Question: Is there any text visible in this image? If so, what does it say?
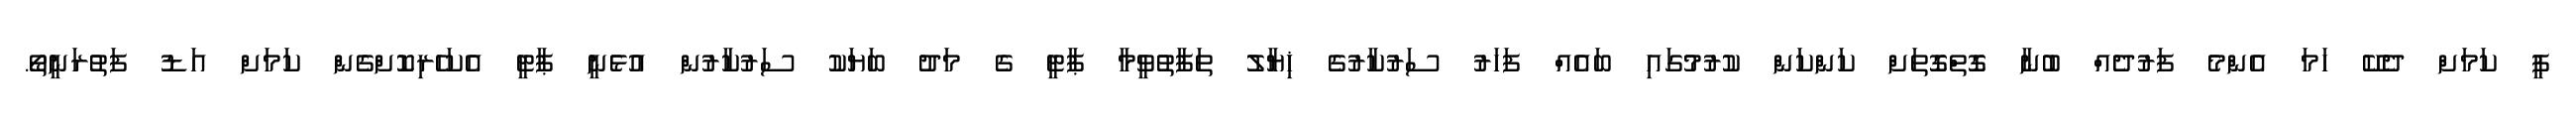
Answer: ޕީ ކަމަށް ދެކޭ ހަމަ އެންމެ ފަރުދެއް ބުނާ ގޮތްގޮތަށް ކަންކަން ކުރުމުގައި ބައެއް ފަހަރު ސަރުކާރުގެ ޚިޔާލު ތަފާތުވީމާ ޕާޓީ ގެ މަދު ބަޔަކު ސަރުކާރުން އުޅެނީ ޕާޓީ އެކަހެރިކޮށްގެން ކަމަށް އަޑު ފަތުރަނީތޯ.